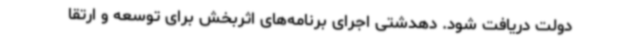
دولت دریافت شود. دهدشتی اجرای برنامه‌های اثربخش برای توسعه و ارتقا